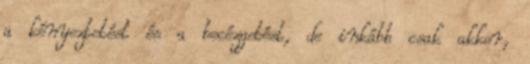
a kényeztetést és a becézgetést, de inkább csak akkor,